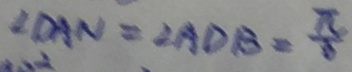
\angle D A N = \angle A D B = \frac { \pi } { 3 }